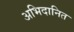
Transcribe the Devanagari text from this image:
अभिदानित